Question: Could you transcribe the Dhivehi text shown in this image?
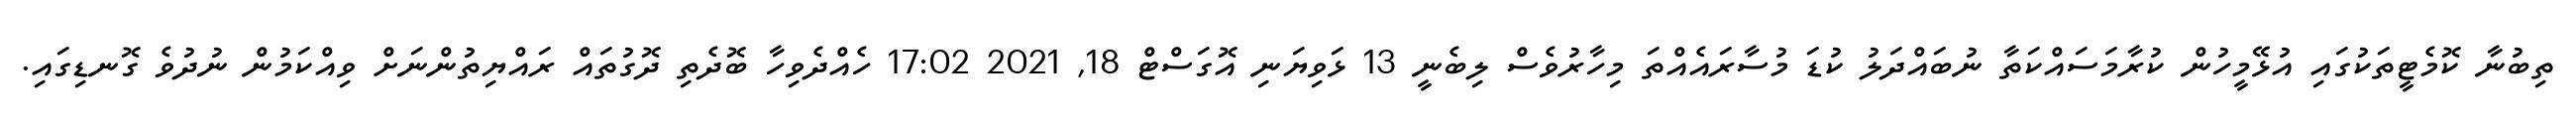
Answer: ތިބުނާ ކޮމެޓީތަކުގައި އުޅޭމީހުން ކުރާމަސައްކަތާ ނުބައްދަލު ކުޑަ މުސާރައެއްތަ މިހާރުވެސް ލިބެނީ 13 ޅަވިޔަނި އޮގަސްޓް 18, 2021 17:02 ހެއްދެވިހާ ބޮދެތި ދޮގުތައް ރައްޔިތުންނަށް ވިއްކަމުން ނުދުވެ ގޮނޑިގައި.